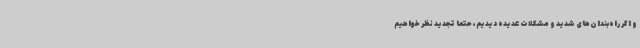
و اگر راه‌بندان‌های شدید و مشکلات عدیده دیدیم، حتماً تجدید نظر خواهیم